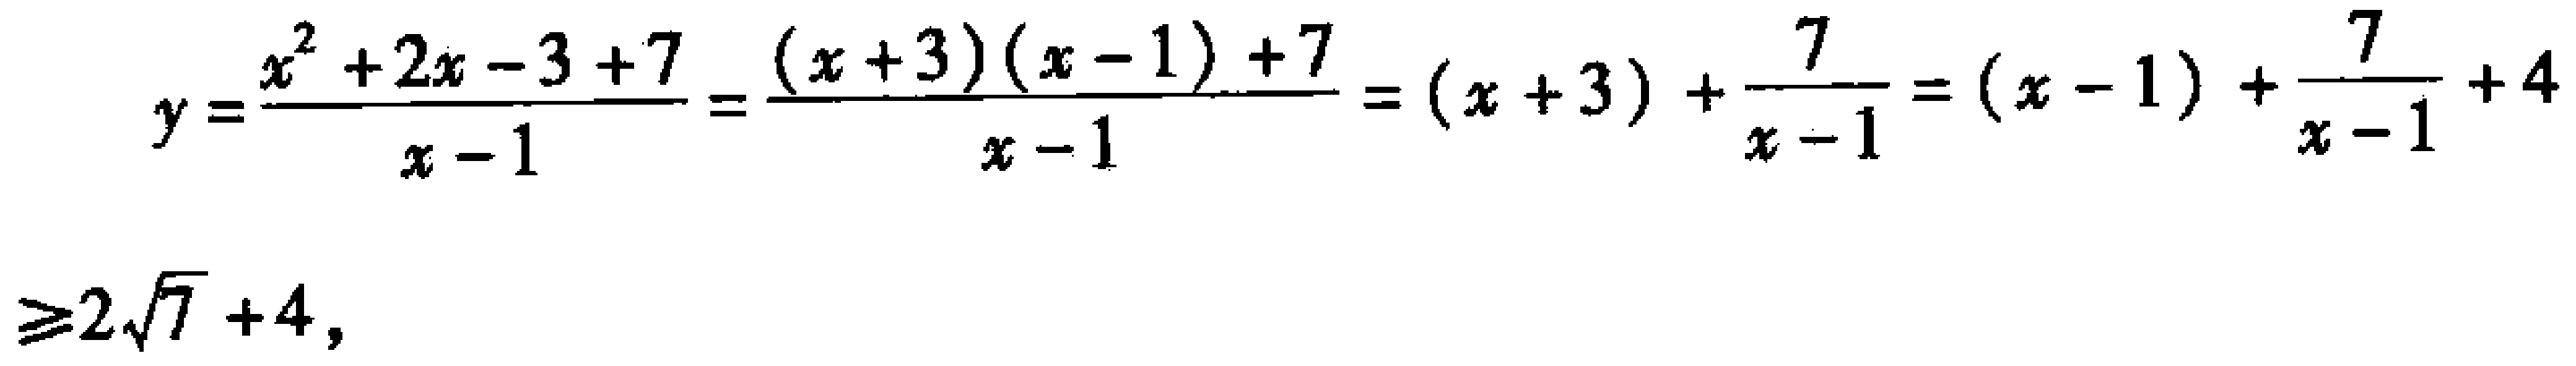
\[

y=\frac{x^{2}+2x - 3 + 7}{x - 1}=\frac{(x + 3)(x - 1)+7}{x - 1}=(x + 3)+\frac{7}{x - 1}=(x - 1)+\frac{7}{x - 1}+4\geq2\sqrt{7}+4,

\]